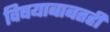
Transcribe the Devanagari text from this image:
विषयाबाबतही